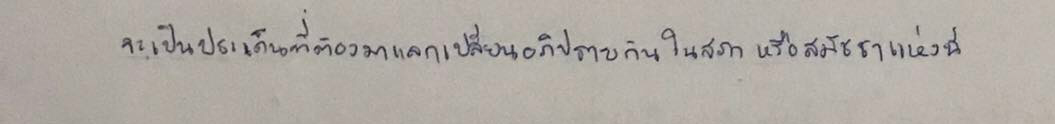
จะเป็นประเด็นที่ต้องมาแลกเปลี่ยนอภิปรายกันในสภาหรือสมัชชาแห่งนี้